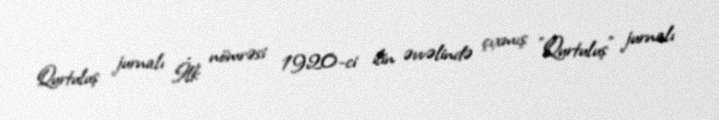
Qurtuluş jurnalı İlk nömrəsi 1920-ci ilin əvvəlində çıxmış "Qurtuluş" jurnalı